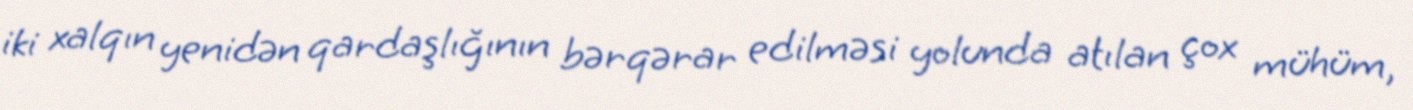
iki xalqın yenidən qardaşlığının bərqərar edilməsi yolunda atılan çox mühüm,